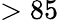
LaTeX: >85